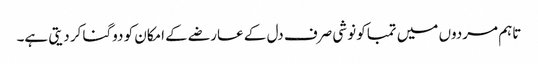
تاہم مردوں میں تمباکو نوشی صرف دل کے عارضے کے امکان کو دوگنا کر دیتی ہے۔